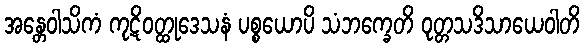
အန္တေဝါသိကံ ကုဋိဝတ္ထုဒေသနံ ပစ္စယောပိ သံဘက္ခေတိ ဝုတ္တသဒိသာယေဝါတိ